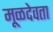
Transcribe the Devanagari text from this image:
मूळदेवता